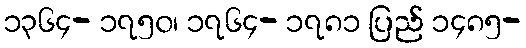
၁၃၆၄- ၁၇၅၀၊ ၁၇၆၄- ၁၇၈၁ ပြည် ၁၄၈၅-